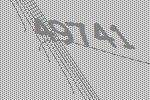
49741